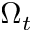
\Omega _ { t }